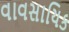
વાવસાયિક